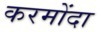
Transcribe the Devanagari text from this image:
करमोंदा